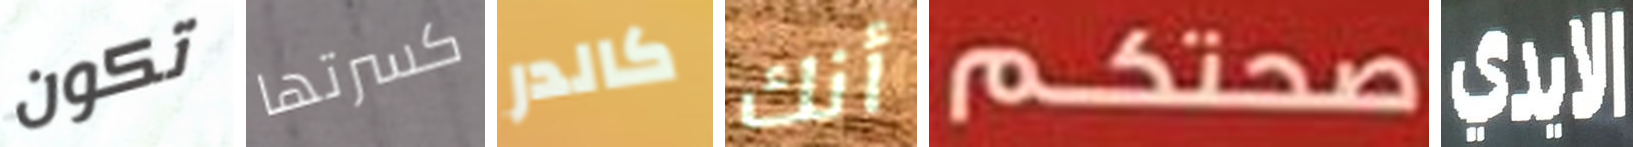
تكون كسرتها كالدر أنك صحتكم الايدي